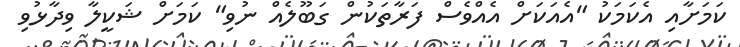
ކަމަށާއި އެކަމަކު "އެއަކަށް އެއްވެސް ފަރާތަކުން ގަބޫލެއް ނުވި" ކަމަށް ޝަކީލާ ވިދާޅުވި